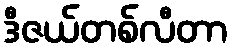
ဒီဇယ်တစ်လီတာ